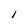
Character: l